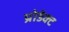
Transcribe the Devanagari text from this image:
प्रोडेक्ट